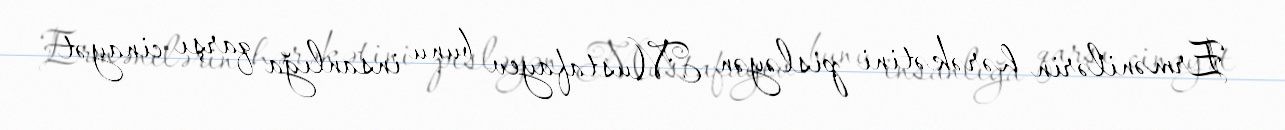
Ermənilərin hərəkətini pisləyən Mustafayev bunu insanlığa qarşı cinayət